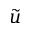
\tilde { u }